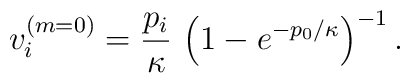
v^{(m=0)}_i =   \frac{p_i}\kappa\, \left( 1 -e^{-  {p_0}/\kappa}\right)^{-1}.